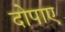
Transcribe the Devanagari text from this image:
दोपाए